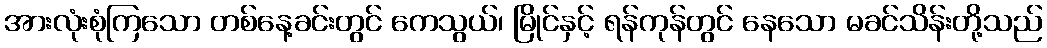
အားလုံးစုံကြသော တစ်နေ့ခင်းတွင် ကေသွယ်၊ မြိုင်နှင့် ရန်ကုန်တွင် နေသော မခင်သိန်းတို့သည်